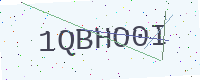
Text: 1QBHO0I